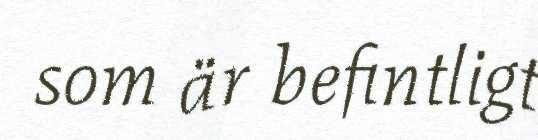
som är befintligt